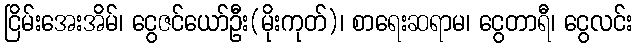
ငြိမ်းအေးအိမ်၊ ငွေဇင်ယော်ဦး(မိုးကုတ်)၊ စာရေးဆရာမ၊ ငွေတာရီ၊ ငွေလင်း